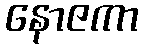
နောဇကာ